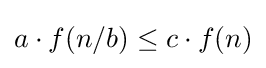
a\cdot f(n/b)\leq c\cdot f(n)